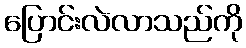
ပြောင်းလဲလာသည်ကို